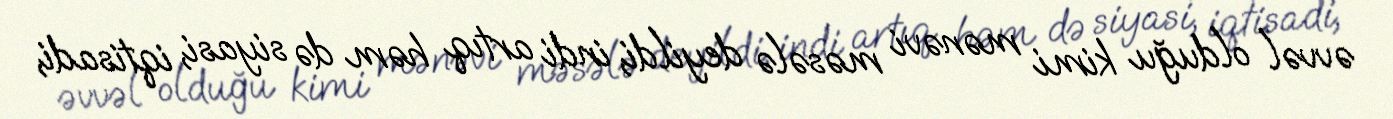
əvvəl olduğu kimi mənəvi məsələ deyildi, indi artıq həm də siyasi, iqtisadi,